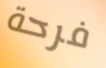
فرحة